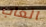
العاب